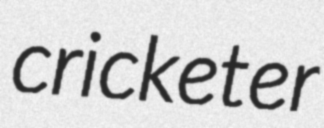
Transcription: cricketer